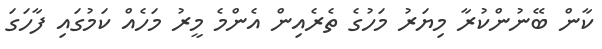
ކާން ބޭނުންކުރާ މިޔަރު މަހުގެ ތެރެއިން އެންމެ މީރު މަހެއް ކަމުގައި ފާހަގަ